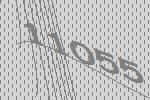
11055